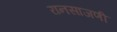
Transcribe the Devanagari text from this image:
रानसाजणी